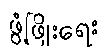
ဖွံ့ဖြိုးရေး